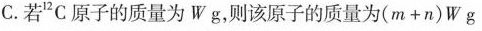
若^{12}C原子的质量为Wg，则该原子的质量为$$( m + n ) W g$$